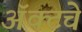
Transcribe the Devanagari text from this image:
ॲक्टचे